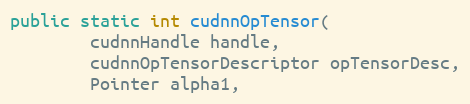
Language: Java
public static int cudnnOpTensor(
        cudnnHandle handle,
        cudnnOpTensorDescriptor opTensorDesc,
        Pointer alpha1,